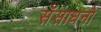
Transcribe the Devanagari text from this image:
सॅसाधनो